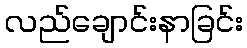
လည်ချောင်းနာခြင်း